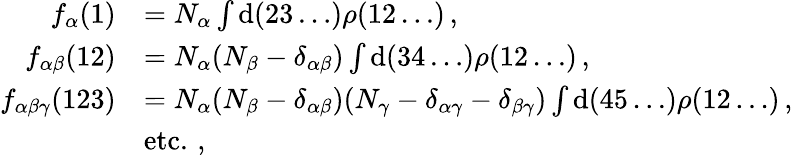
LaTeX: \begin{array}{rl}{f_{\alpha}(1)}&{=N_{\alpha}\int\mathrm{d}(23\ldots)\rho(12\ldots)\, ,}\\ {f_{\alpha\beta}(12)}&{=N_{\alpha}(N_{\beta}-\delta_{\alpha\beta})\int\mathrm{d}(34\ldots)\rho(12\ldots)\, ,}\\ {f_{\alpha\beta\gamma}(123)}&{=N_{\alpha}(N_{\beta}-\delta_{\alpha\beta})(N_{\gamma}-\delta_{\alpha\gamma}-\delta_{\beta\gamma})\int\mathrm{d}(45\ldots)\rho(12\ldots)\, ,}\\ &{\mathrm{etc.\, ,}}\end{array}